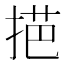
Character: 𢯓